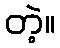
တဲ့။